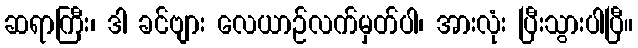
ဆရာကြီး၊ ဒါ ခင်ဗျား လေယာဉ်လက်မှတ်ပါ၊ အားလုံး ပြီးသွားပါပြီ။